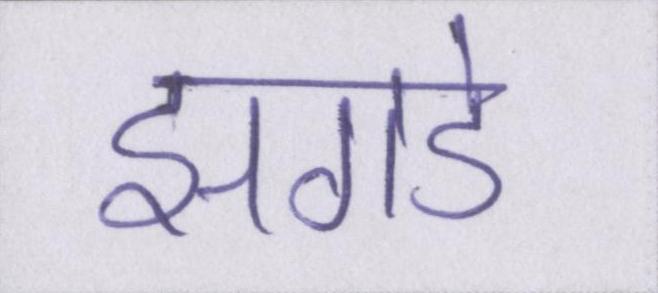
झगडे